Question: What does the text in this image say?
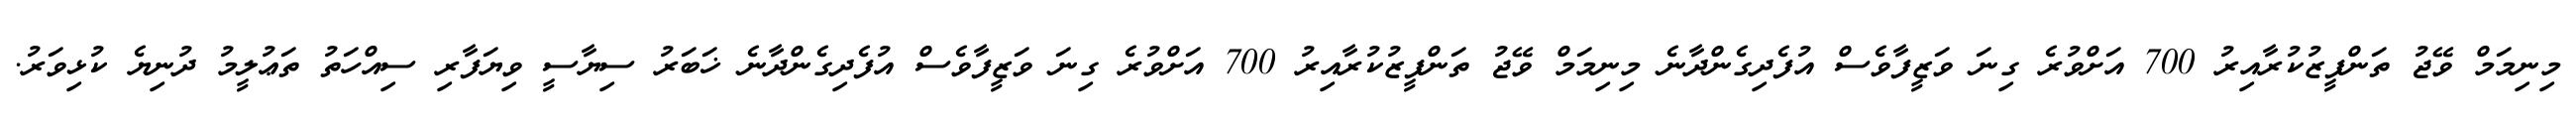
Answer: މިނިމަމް ވޭޖު ތަންފީޒުކުރާއިރު 700 އަށްވުރެ ގިނަ ވަޒީފާވެސް އުފެދިގެންދާނެ މިނިމަމް ވޭޖު ތަންފީޒުކުރާއިރު 700 އަށްވުރެ ގިނަ ވަޒީފާވެސް އުފެދިގެންދާނެ ޚަބަރު ސިޔާސީ ވިޔަފާރި ސިއްހަތު ތަޢުލީމު ދުނިޔެ ކުޅިވަރު.